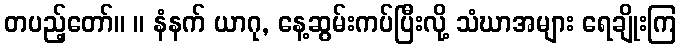
တပည့်တော်။ ။ နံနက် ယာဂု, နေ့ဆွမ်းကပ်ပြီးလို့ သံဃာအများ ရေချိုးကြ